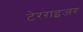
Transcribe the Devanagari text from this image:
टेरराइजर